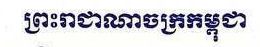
ព្រះរាជាណាចក្រកម្ពុជា